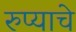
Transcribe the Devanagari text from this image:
रुप्याचे